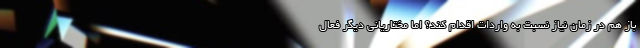
باز هم در زمان نیاز نسبت به واردات اقدام کند؟ اما مختاریانی دیگر فعال